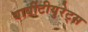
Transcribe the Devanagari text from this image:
बार्बीटीयुरेट्स